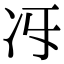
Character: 𠖱